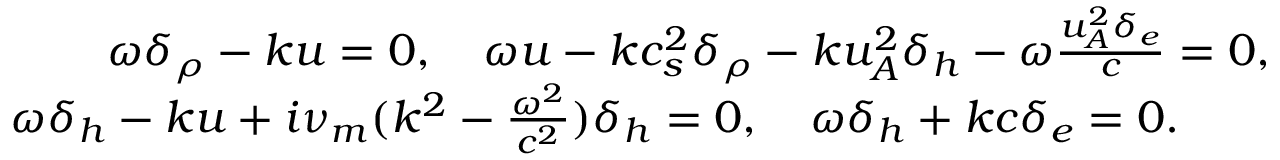
\begin{array} { r } { \omega \delta _ { \rho } - k u = 0 , \quad \omega u - k c _ { s } ^ { 2 } \delta _ { \rho } - k u _ { A } ^ { 2 } \delta _ { h } - \omega \frac { u _ { A } ^ { 2 } \delta _ { e } } { c } = 0 , } \\ { \omega \delta _ { h } - k u + i \nu _ { m } ( k ^ { 2 } - \frac { \omega ^ { 2 } } { c ^ { 2 } } ) \delta _ { h } = 0 , \quad \omega \delta _ { h } + k c \delta _ { e } = 0 . \qquad } \end{array}